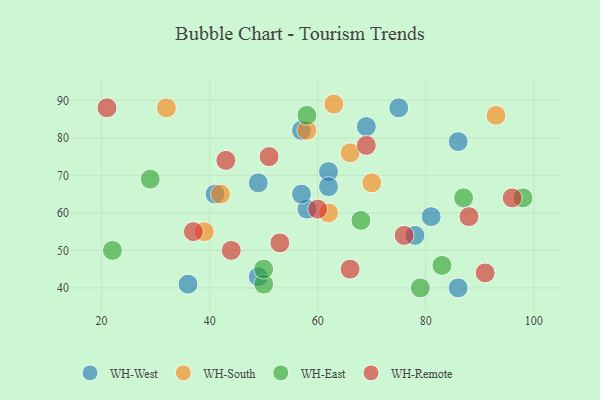
{"axis": {"x": "GDP", "y": "Life Expectancy"}, "legend": ["WH-East", "WH-Remote", "WH-South", "WH-West"], "data": [{"x": "75", "y": 88, "type": "WH-West"}, {"x": "49", "y": 43, "type": "WH-West"}, {"x": "86", "y": 79, "type": "WH-West"}, {"x": "41", "y": 65, "type": "WH-West"}, {"x": "81", "y": 59, "type": "WH-West"}, {"x": "36", "y": 41, "type": "WH-West"}, {"x": "57", "y": 82, "type": "WH-West"}, {"x": "78", "y": 54, "type": "WH-West"}, {"x": "86", "y": 40, "type": "WH-West"}, {"x": "58", "y": 61, "type": "WH-West"}, {"x": "69", "y": 83, "type": "WH-West"}, {"x": "57", "y": 65, "type": "WH-West"}, {"x": "62", "y": 71, "type": "WH-West"}, {"x": "49", "y": 68, "type": "WH-West"}, {"x": "62", "y": 67, "type": "WH-West"}, {"x": "62", "y": 60, "type": "WH-South"}, {"x": "70", "y": 68, "type": "WH-South"}, {"x": "32", "y": 88, "type": "WH-South"}, {"x": "58", "y": 82, "type": "WH-South"}, {"x": "39", "y": 55, "type": "WH-South"}, {"x": "66", "y": 76, "type": "WH-South"}, {"x": "93", "y": 86, "type": "WH-South"}, {"x": "42", "y": 65, "type": "WH-South"}, {"x": "63", "y": 89, "type": "WH-South"}, {"x": "87", "y": 64, "type": "WH-East"}, {"x": "50", "y": 41, "type": "WH-East"}, {"x": "50", "y": 45, "type": "WH-East"}, {"x": "79", "y": 40, "type": "WH-East"}, {"x": "22", "y": 50, "type": "WH-East"}, {"x": "68", "y": 58, "type": "WH-East"}, {"x": "29", "y": 69, "type": "WH-East"}, {"x": "83", "y": 46, "type": "WH-East"}, {"x": "98", "y": 64, "type": "WH-East"}, {"x": "58", "y": 86, "type": "WH-East"}, {"x": "88", "y": 59, "type": "WH-Remote"}, {"x": "44", "y": 50, "type": "WH-Remote"}, {"x": "21", "y": 88, "type": "WH-Remote"}, {"x": "37", "y": 55, "type": "WH-Remote"}, {"x": "66", "y": 45, "type": "WH-Remote"}, {"x": "69", "y": 78, "type": "WH-Remote"}, {"x": "43", "y": 74, "type": "WH-Remote"}, {"x": "53", "y": 52, "type": "WH-Remote"}, {"x": "76", "y": 54, "type": "WH-Remote"}, {"x": "60", "y": 61, "type": "WH-Remote"}, {"x": "96", "y": 64, "type": "WH-Remote"}, {"x": "51", "y": 75, "type": "WH-Remote"}, {"x": "91", "y": 44, "type": "WH-Remote"}]}